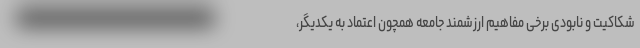
شکاکیت و نابودی برخی مفاهیم ارزشمند جامعه همچون اعتماد به یکدیگر،